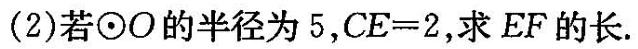
(2)若\odot O的半径为5，$$C E = 2 $$，求EF的长.